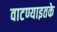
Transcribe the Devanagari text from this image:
वाटण्याइतके